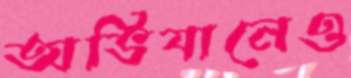
অভিযানেও